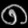
Digit: ၈